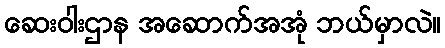
ဆေးဝါးဌာန အဆောက်အအုံ ဘယ်မှာလဲ။